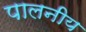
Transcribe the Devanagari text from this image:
पालनीय